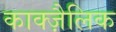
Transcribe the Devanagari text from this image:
काक्ज़ैलिक